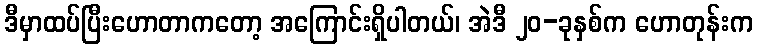
ဒီမှာထပ်ပြီးဟောတာကတော့ အကြောင်းရှိပါတယ်၊ အဲဒီ ၂၀-ခုနှစ်က ဟောတုန်းက